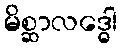
မိစ္ဆာလဒ္ဓေါ